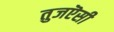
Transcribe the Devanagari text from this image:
तुजऎसी